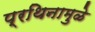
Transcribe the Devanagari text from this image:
प्रथिनामुळे